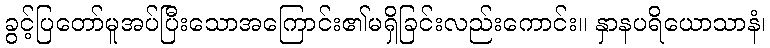
ခွင့်ပြတော်မူအပ်ပြီးသောအကြောင်း၏မရှိခြင်းလည်းကောင်း။ နှာနပရိယောသာနံ၊